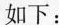
如下：